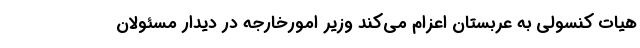
هیات کنسولی به عربستان اعزام می‌کند وزیر امورخارجه در دیدار مسئولان